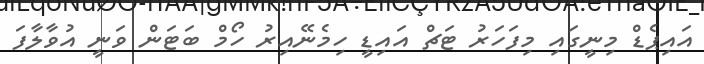
އައިޕެޑް މިނީގައި މިފަހަރު ޓަޗް އައިޑީ ހިމެނޭއިރު ހޯމް ބަޓަން ވަނީ އުވާލާފަ